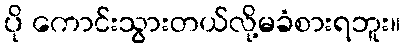
ပို ကောင်းသွားတယ်လို့မခံစားရဘူး။